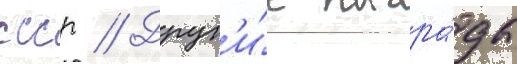
ссср // Друг'и́е награ́ды